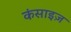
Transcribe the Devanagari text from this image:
कंसाइज़